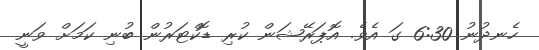
ހެނދުނު 6:30 ގަ އެވެ. އޮޕަރޭޝަން ކުރި ޑޮކްޓަރުން ބުނި ކަމަށް ވަނީ